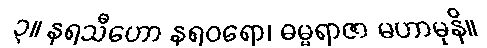
၃။ နရသီဟော နရဝရော၊ ဓမ္မရာဇာ မဟာမုနိ။